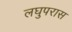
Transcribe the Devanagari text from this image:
लघुपरास